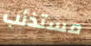
مستذئب